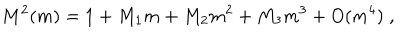
M ^ { 2 } ( m ) = 1 + M _ { 1 } m + M _ { 2 } m ^ { 2 } + M _ { 3 } m ^ { 3 } + O ( m ^ { 4 } ) \; ,